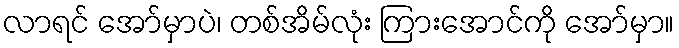
လာရင် အော်မှာပဲ၊ တစ်အိမ်လုံး ကြားအောင်ကို အော်မှာ။